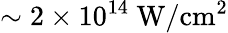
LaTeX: \sim 2\times 10^{14}\ \mathrm{{W/cm^{2}}}